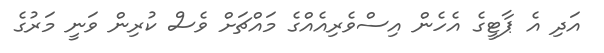
އަދި އެ ޕާޓީގެ އެހެން އިސްވެރިއެއްގެ މައްޗަށް ވެސް ކުރިން ވަނީ މަރުގެ